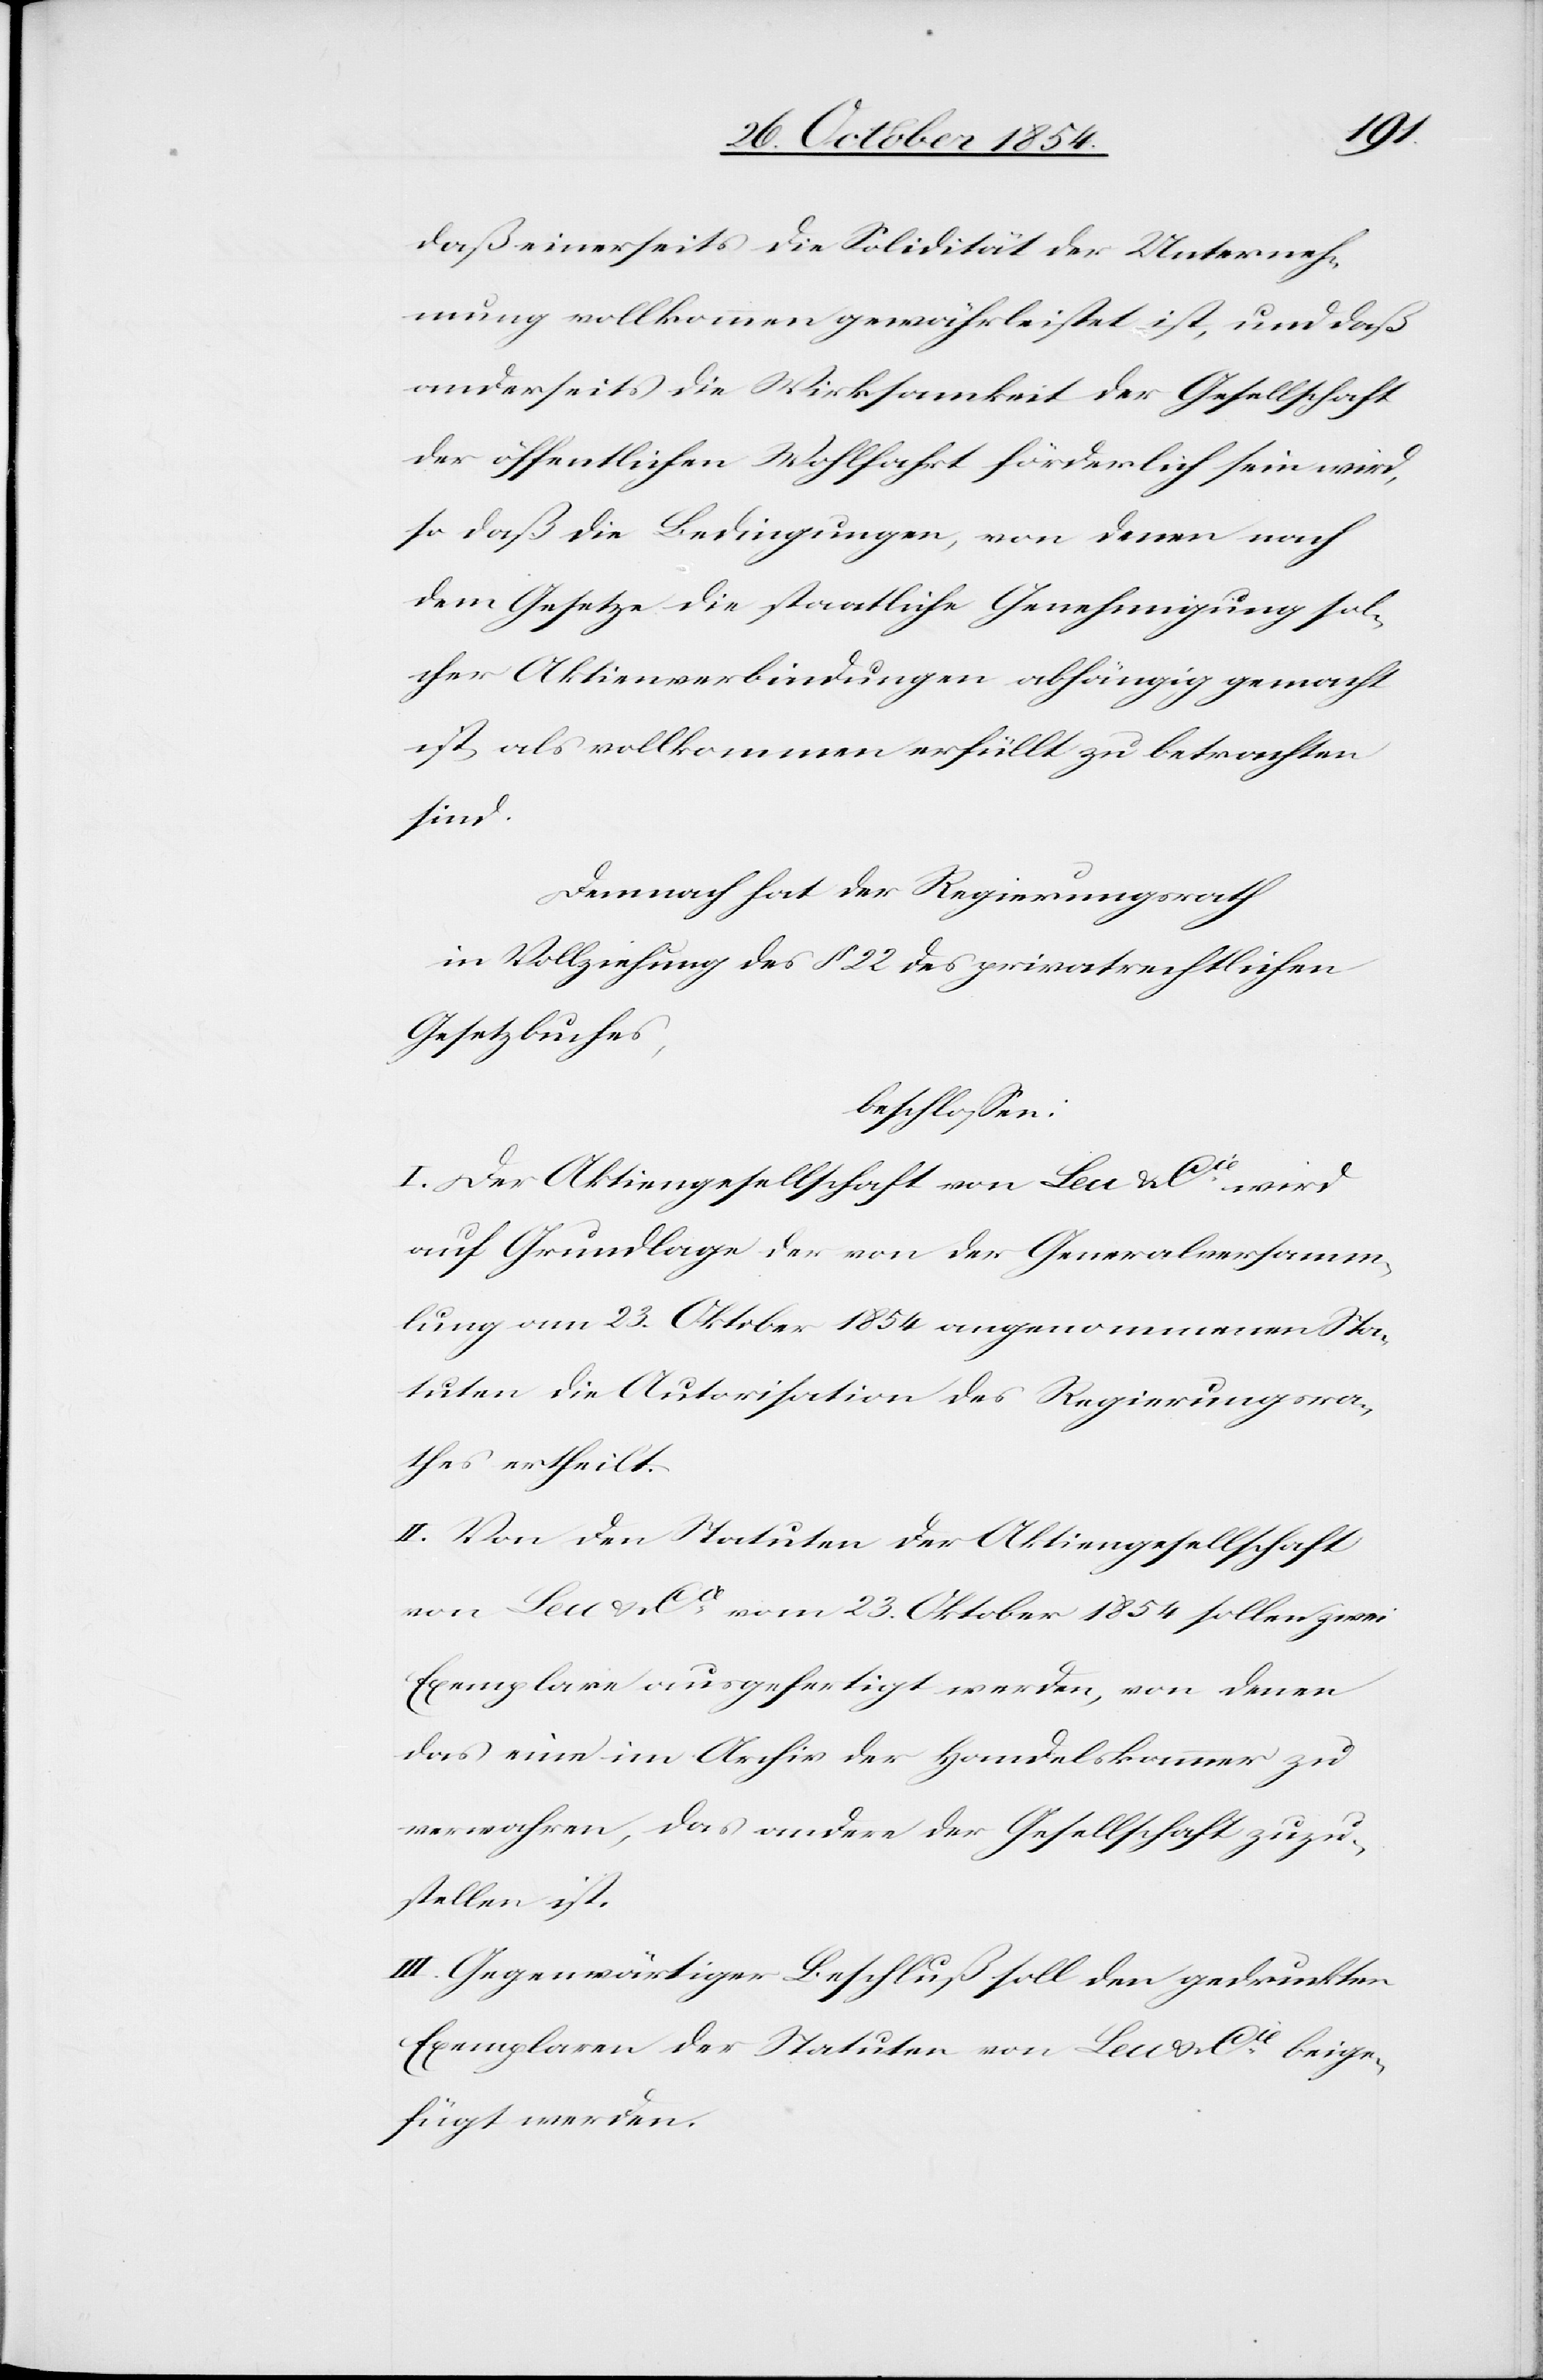
daß einerseits die Solidität der Unterneh¬
mung vollkommen gewährleistet ist, und daß
anderseits die Wirksamkeit der Gesellschaft
der öffentlichen Wohlfahrt förderlich sein wird,
so daß die Bedingungen, von denen nach
dem Gesetzte die staatliche Genehmigung sol¬
cher Aktienverbindungen abhängig gemacht
ist, als vollkommen erfüllt zu betrachten.
Demnach hat der Regierungsrath
in Vollziehung des § 22 des privatrechtlichen
Gesetzbuches,
beschloßen:
I. Der Aktiengesellschaft von Leu & Cie wird
auf Grundlage der von der Generalversamm¬
lung am 23. Oktober 1854 angenommenen Sta¬
tuten die Autorisation des Regierungsra¬
thes ertheilt.
II. Von den Statuten der Aktiengesellschaft
von Leu & Cie vom 23. Oktober 1854 sollen zwei
Exemplare ausgefertigt werden, von denen
das eine im Archiv der Handelskammer zu
verwahren, das andere der Gesellschaft zuzu¬
stellen ist.
III. Gegenwärtiger Beschluß soll den gedruckten
Exemplaren der Statuten von Leu & Cie beige¬
fügt werden.